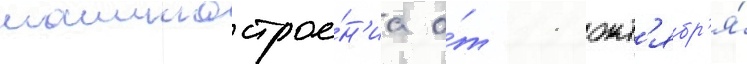
машинострое́н'иа о́т 11 окт'ябр'я́